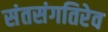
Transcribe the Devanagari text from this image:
संतसंगतिरेव